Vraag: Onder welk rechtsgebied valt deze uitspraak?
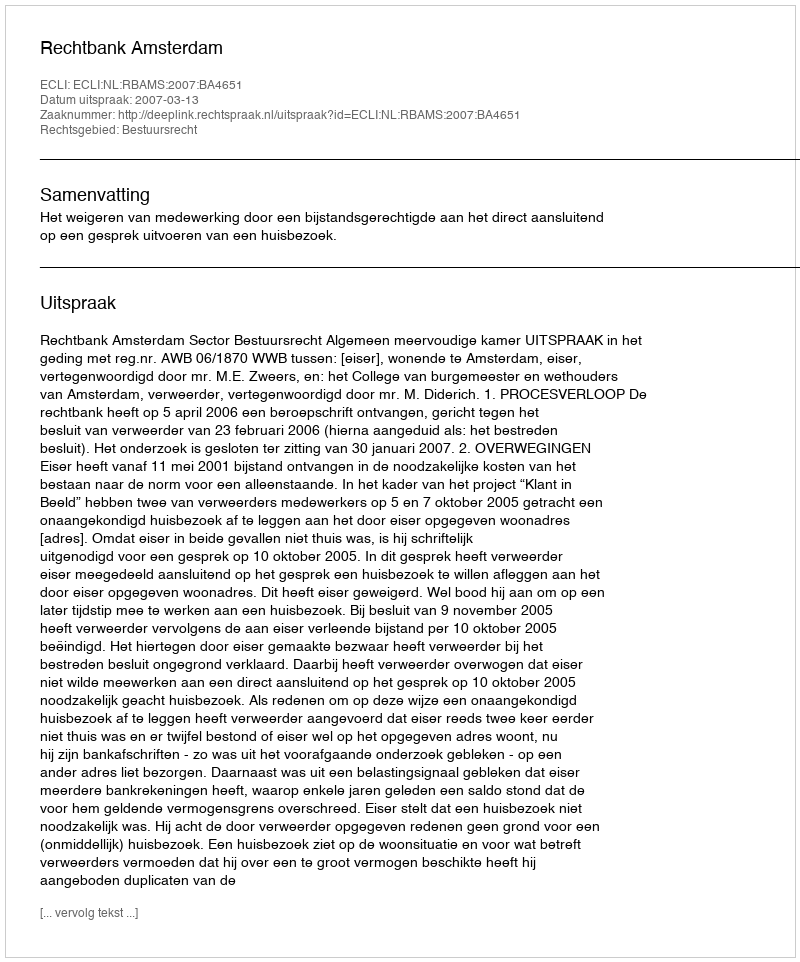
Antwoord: Bestuursrecht